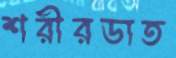
শরীরডাত